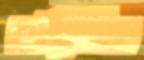
ছড়িটির